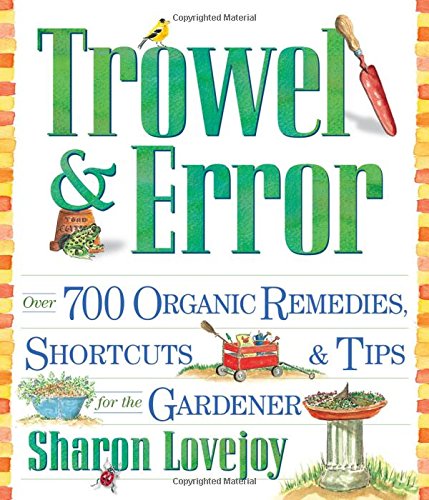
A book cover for Trowel and Error: Over 700 Tips, Remedies and Shortcuts for the Gardener; Sharon Lovejoy; Crafts, Hobbies & Home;